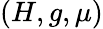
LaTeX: (H,g,\mu)